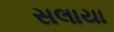
સલાયા